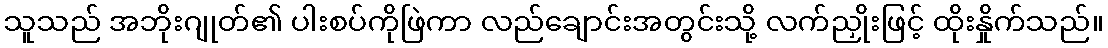
သူသည် အဘိုးဂျုတ်၏ ပါးစပ်ကိုဖြဲကာ လည်ချောင်းအတွင်းသို့ လက်ညှိုးဖြင့် ထိုးနှိုက်သည်။